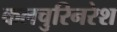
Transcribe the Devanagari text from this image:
कलचुरिनरेश